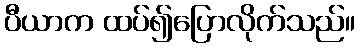
ပီယာက ထပ်၍ပြောလိုက်သည်။